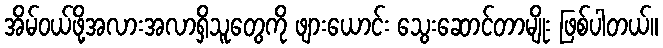
အိမ်ဝယ်ဖို့အလားအလာရှိသူတွေကို ဖျားယောင်း သွေးဆောင်တာမျိုး ဖြစ်ပါတယ်။